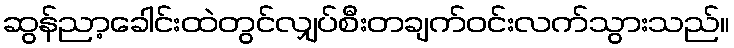
ဆွန်ညာ့ခေါင်းထဲတွင်လျှပ်စီးတချက်ဝင်းလက်သွားသည်။